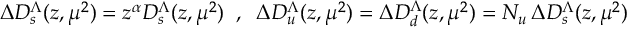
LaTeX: \Delta D _ { s } ^ { \Lambda } ( z , \mu ^ { 2 } ) = z ^ { \alpha } D _ { s } ^ { \Lambda } ( z , \mu ^ { 2 } ) \; \; , \; \; \Delta D _ { u } ^ { \Lambda } ( z , \mu ^ { 2 } ) = \Delta D _ { d } ^ { \Lambda } ( z , \mu ^ { 2 } ) = N _ { u } \, \Delta D _ { s } ^ { \Lambda } ( z , \mu ^ { 2 } )